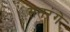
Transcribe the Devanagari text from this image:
सतरंगे